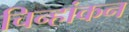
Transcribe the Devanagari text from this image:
चिन्हांकन